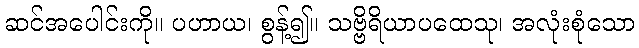
ဆင်အပေါင်းကို။ ပဟာယ၊ စွန့်၍။ သဗ္ဗိရိယာပထေသု၊ အလုံးစုံသော